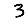
Digit: 3